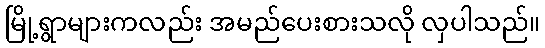
မြို့ရွာများကလည်း အမည်ပေးစားသလို လှပါသည်။